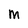
Character: M